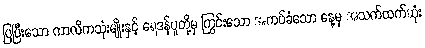
ပြပြီးသော ကာလိကသုံးမျိုးနှင့် ရေဒန်ပူတို့မှ ကြွင်းသော အကပ်ခံသော နေ့မှ အသက်ထက်ဆုံး